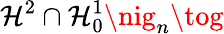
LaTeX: \mathcal{H}^{2}\cap\mathcal{H}_{0}^{1}\nig_{n}\tog